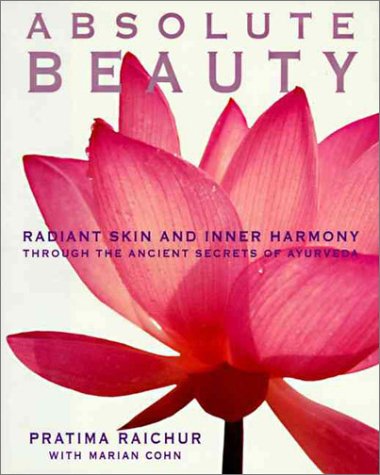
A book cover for Absolute Beauty: The Secret to Radiant Skin and Inner Vitality Through the Art and Science of Ayurveda; Pratima Raichur; Health, Fitness & Dieting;